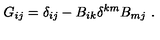
G _ { i j } = \delta _ { i j } - B _ { i k } \delta ^ { k m } B _ { m j } \ .